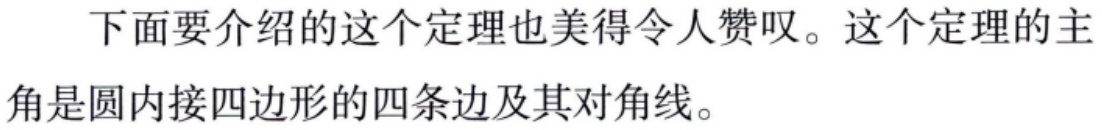
下面要介绍的这个定理也美得令人赞叹。这个定理的主角是圆内接四边形的四条边及其对角线。